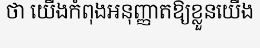
ថា យើងកំពុងអនុញ្ញាតឱ្យខ្លួនយើង